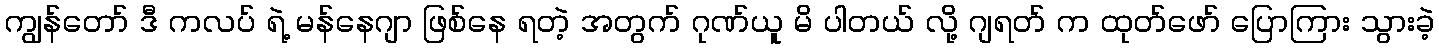
ကျွန်တော် ဒီ ကလပ် ရဲ့ မန်နေဂျာ ဖြစ်နေ ရတဲ့ အတွက် ဂုဏ်ယူ မိ ပါတယ် လို့ ဂျရတ် က ထုတ်ဖော် ပြောကြား သွားခဲ့